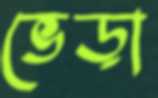
ভেড়া